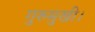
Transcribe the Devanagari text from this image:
गुरुमुखी।